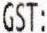
GST: